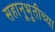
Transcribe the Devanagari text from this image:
सहानूभूतीच्या